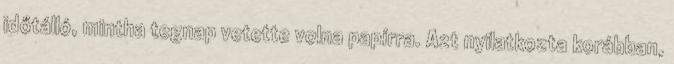
időtálló, mintha tegnap vetette volna papírra. Azt nyilatkozta korábban,